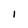
Character: 1